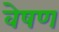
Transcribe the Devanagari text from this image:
वेषण